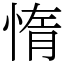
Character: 惰